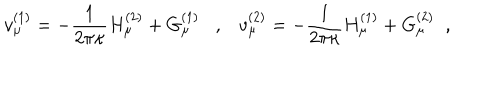
v _ { \mu } ^ { ( 1 ) } = - \frac { 1 } { 2 \pi \kappa } H _ { \mu } ^ { ( 2 ) } + G _ { \mu } ^ { ( 1 ) } , v _ { \mu } ^ { ( 2 ) } = - \frac { 1 } { 2 \pi \kappa } H _ { \mu } ^ { ( 1 ) } + G _ { \mu } ^ { ( 2 ) } \; \; ,